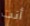
أنت